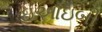
ઇઆઇબી